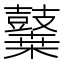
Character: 𪔬